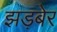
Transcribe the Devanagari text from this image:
झड़बेर